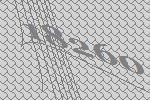
18260